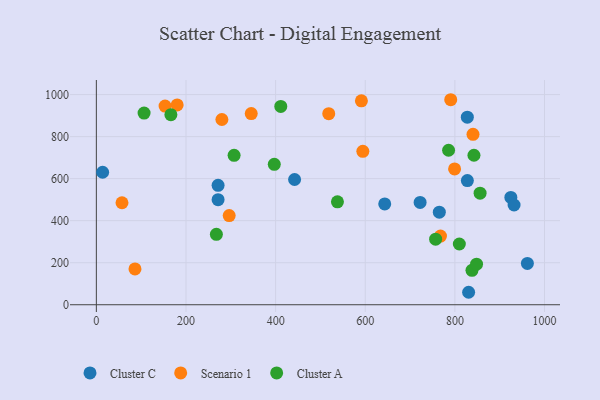
{"axis": {"x": "Distance", "y": "Profit"}, "legend": ["Cluster A", "Cluster C", "Scenario 1"], "data": [{"x": "442.3", "y": 595.8, "type": "Cluster C"}, {"x": "830.6", "y": 59.3, "type": "Cluster C"}, {"x": "961.7", "y": 196.6, "type": "Cluster C"}, {"x": "765.2", "y": 440.4, "type": "Cluster C"}, {"x": "924.8", "y": 510.5, "type": "Cluster C"}, {"x": "271.6", "y": 499.9, "type": "Cluster C"}, {"x": "643.4", "y": 479.6, "type": "Cluster C"}, {"x": "271.6", "y": 568.2, "type": "Cluster C"}, {"x": "722.4", "y": 486.9, "type": "Cluster C"}, {"x": "827.7", "y": 892.6, "type": "Cluster C"}, {"x": "932.0", "y": 474.6, "type": "Cluster C"}, {"x": "14.0", "y": 630.5, "type": "Cluster C"}, {"x": "827.8", "y": 590.6, "type": "Cluster C"}, {"x": "790.7", "y": 975.5, "type": "Scenario 1"}, {"x": "280.1", "y": 881.3, "type": "Scenario 1"}, {"x": "518.5", "y": 909.0, "type": "Scenario 1"}, {"x": "86.2", "y": 170.4, "type": "Scenario 1"}, {"x": "345.6", "y": 909.5, "type": "Scenario 1"}, {"x": "799.3", "y": 646.0, "type": "Scenario 1"}, {"x": "840.4", "y": 810.9, "type": "Scenario 1"}, {"x": "594.6", "y": 730.0, "type": "Scenario 1"}, {"x": "591.4", "y": 970.3, "type": "Scenario 1"}, {"x": "57.2", "y": 485.4, "type": "Scenario 1"}, {"x": "296.4", "y": 424.2, "type": "Scenario 1"}, {"x": "180.3", "y": 950.6, "type": "Scenario 1"}, {"x": "153.3", "y": 945.4, "type": "Scenario 1"}, {"x": "767.8", "y": 326.8, "type": "Scenario 1"}, {"x": "838.1", "y": 163.7, "type": "Cluster A"}, {"x": "537.9", "y": 489.6, "type": "Cluster A"}, {"x": "166.3", "y": 904.2, "type": "Cluster A"}, {"x": "267.8", "y": 335.0, "type": "Cluster A"}, {"x": "397.0", "y": 668.2, "type": "Cluster A"}, {"x": "809.9", "y": 289.1, "type": "Cluster A"}, {"x": "785.9", "y": 735.0, "type": "Cluster A"}, {"x": "848.3", "y": 192.9, "type": "Cluster A"}, {"x": "106.5", "y": 911.9, "type": "Cluster A"}, {"x": "757.0", "y": 311.8, "type": "Cluster A"}, {"x": "411.5", "y": 943.7, "type": "Cluster A"}, {"x": "842.5", "y": 711.2, "type": "Cluster A"}, {"x": "856.2", "y": 530.9, "type": "Cluster A"}, {"x": "307.3", "y": 710.8, "type": "Cluster A"}]}